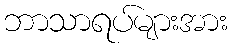
ဘာသာရပ်များအား